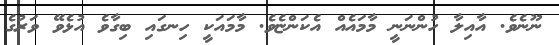
ނޫނެވެ. އާއިލާ ހުންނަނީ މާމައެއް އެކަންޏެވެ. މާމައަކީ ހިނގައި ބިގާވެ އުޅެވޭ ވަރުގެ